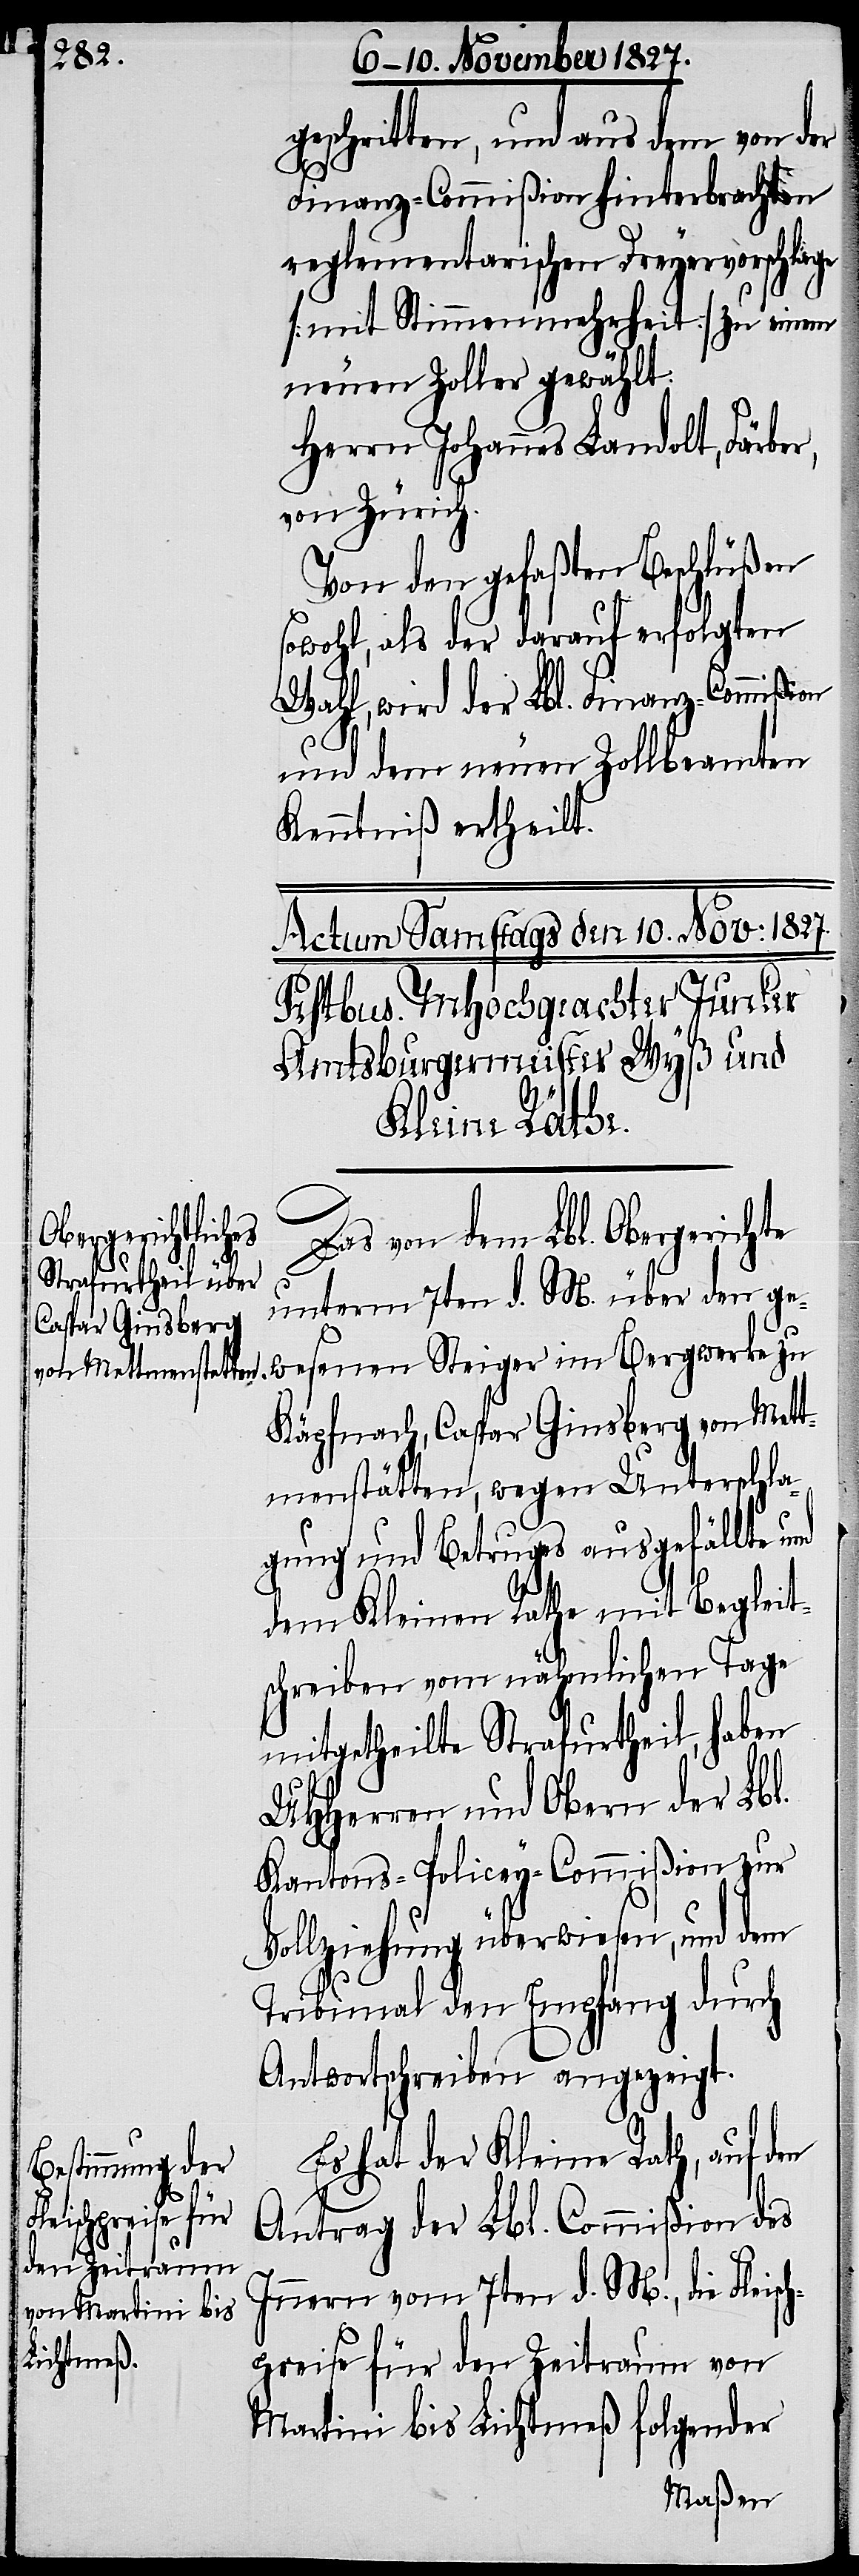
geschritten, und aus dem von der
Finanz-Commißion hinterbrachten
reglementarischen Dreyervorschlage
[mit Stimmenmehrheit] zu einem
neuen Zoller gewählt:
Herrn Johannes Landolt, Färber,
von Zürich.
Von den gefaßten Beschlüßen
sowohl, als der darauf erfolgten
Wahl, wird der Lbl. Finanz-Commißion
und dem neuen Zollbeamten
Kenntniß ertheilt.
Das von dem Lbl. Obergerichte
unterm 7ten d. M. über den ge¬
wesenen Steiger im Bergwerke zu
Käpfnach, Caspar Ginsberg von Mett¬
menstätten, wegen Unterschla¬
gung und Betruges ausgefällte und
dem Kleinen Rathe mit Begleit¬
schreiben vom nähmlichen Tage
mitgetheilte Strafurtheil, haben
UHHerren und Obern der Lbl.
Kantons-Policey-Commißion zur
Vollziehung überwiesen, und dem
Tribunal den Empfang durch
Antwortschreiben angezeigt.
Es hat der Kleine Rath, auf den
Antrag der Lbl. Commißion des
Innern vom 7ten d. M., die Fleisc¬
hpreise für den Zeitraum von
Martini bis Lichtmeß folgender